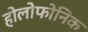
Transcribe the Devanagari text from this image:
होलोफोनिक